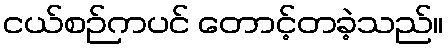
ငယ်စဉ်ကပင် တောင့်တခဲ့သည်။